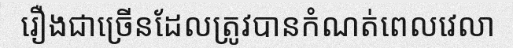
រឿងជាច្រើនដែលត្រូវបានកំណត់ពេលវេលា